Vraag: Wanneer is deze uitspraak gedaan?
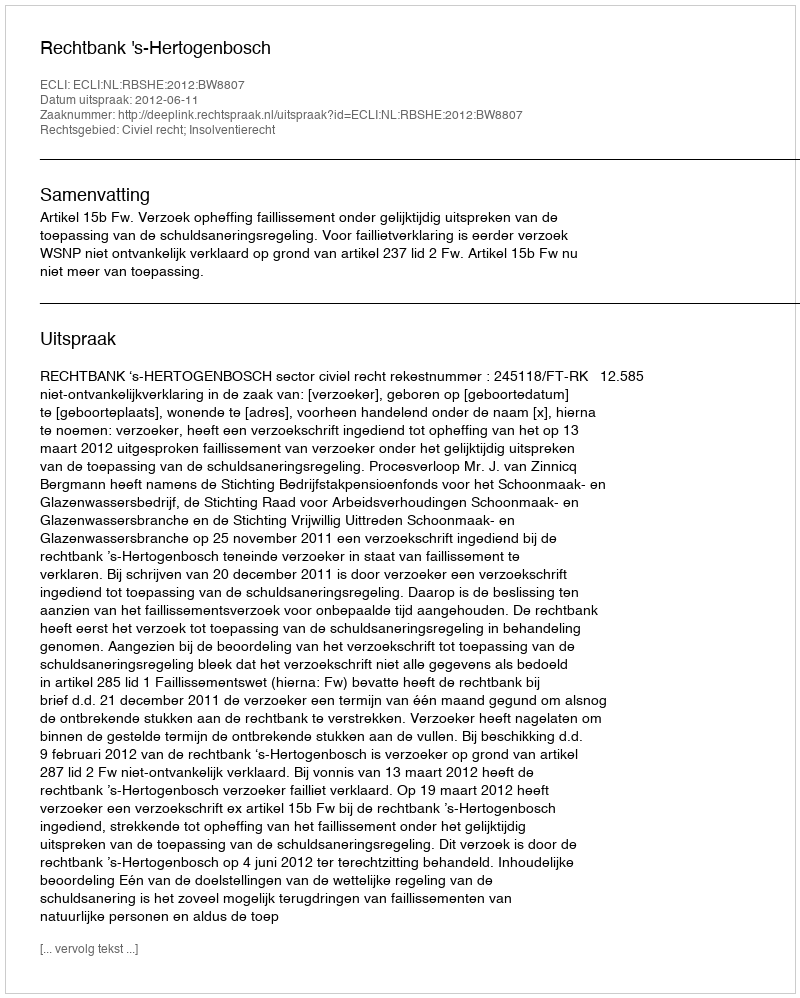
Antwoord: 2012-06-11